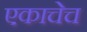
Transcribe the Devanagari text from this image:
एकाचेच